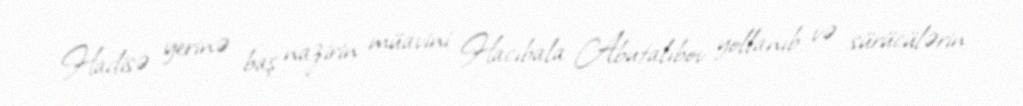
Hadisə yerinə baş nazirin müavini Hacıbala Abutalıbov yollanıb və sürücülərin